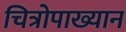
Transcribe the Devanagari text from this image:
चित्रोपाख्यान